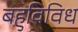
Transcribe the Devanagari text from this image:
बहुविविध